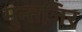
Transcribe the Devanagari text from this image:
मुन्तजिर